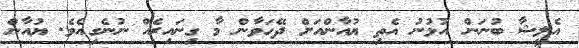
އެލީޝާ ބުނަން އުޅުނު އެތި ޔުއާންއަށް ދޭހަވާން މާ ގިނައިރެއް ނުނެގިއެވެ. ޔުއާން